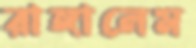
রাঙ্গালেম